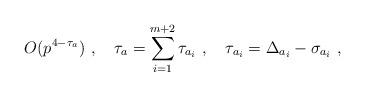
LaTeX: \begin{align*}O(p^{4 - \tau_{a}}) \ ,\quad \tau_{a} = \sum_{i=1}^{m+2} \tau_{a_i} \ ,\quad \tau_{a_i} = \Delta_{a_i} - \sigma_{a_i}\ ,\end{align*}